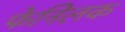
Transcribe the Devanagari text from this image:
फेनिलक